Vaccination in Bombay 1869-1873 - 1869-1873
Year: 1869
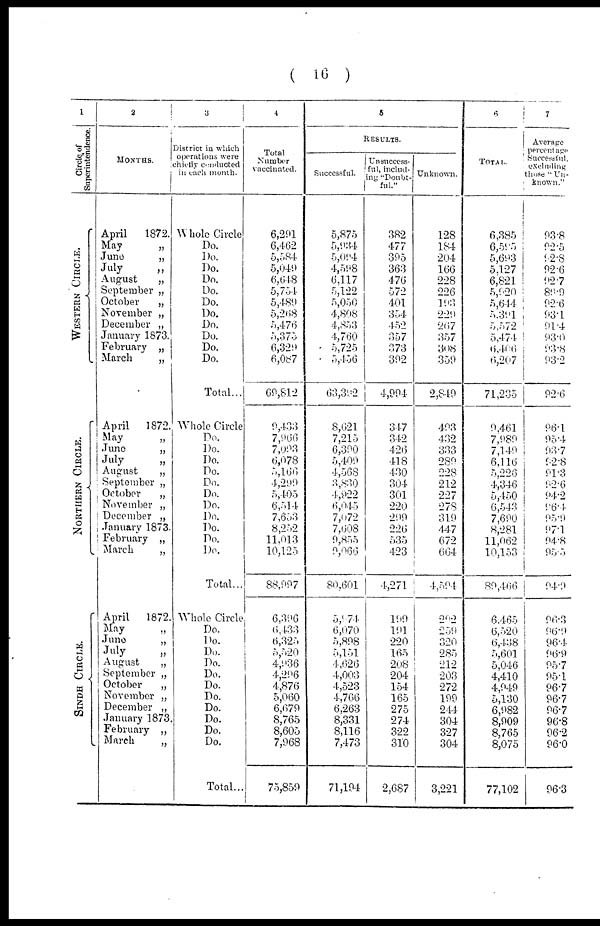
( 16 )
1
Circle of
Superintendence.
WESTERN CIRCLE.
NORTHERN CIRCLE.
SINDH CIRCLE.
2
MONTHS.
April 1872.
May
„
June
„
July
„
August
„
September „
October
„
November „
December „
January 1873.
February „
March
„
April 1872.
May „
June
„
July
„
August
„
September „
October
„
November „
December „
January 1873.
February „
March
„
April 1872.
May „
June
„
July
„
August
„
September „
October
„
November „
December „
January 1873.
February „
March
„
3
District in which
operations were
chiefly canducted
in each month.
Whole Circle
Do.
Do.
Do.
Do.
Do.
Do.
Do.
Do.
Do.
Do.
Do.
Total...
Whole Circle
Do.
Do.
Do.
Do.
Do.
Do.
Do.
Do.
Do.
Do.
Do.
Total...
Whole Circle
Do.
Do.
Do.
Do.
Do.
Do.
Do.
Do.
Do.
Do.
Do.
Total...
4
Total
Number
vaccinated.
6,291
6,462
5,584
5,049
6,648
5,754
5,489
5,268
5,476
5,375
6,329
6,087
69,812
9,433
7,966
7,093
6,078
5,166
4,299
5,405
6,514
7,653
8,252
11,013
10,125
88,997
6,396
6,433
6,325
5,520
4,936
4,296
4,876
5,060
6,679
8,765
8,605
7,968
75,859
5
RESULTS.
Successful.
5,875
5,934
5,094
4,598
6,117
5,122
5,050
4,808
4,853
4,760
5,725
5,456
63,392
8,621
7,215
6,390
5,409
4,568
3,830
4,922
6,045
7,072
7,608
9,855
9,066
80,601
5,974
6,070
5,898
5,151
4,626
4,003
4,523
4,766
6,263
8,331
8,116
7,473
71,194
Unsuccess-
ful, includ-
-ng "Doubt-
ful."
382
477
395
363
476
572
401
354
452
357
373
392
4,994
347
342
426
418
430
304
301
220
299
226
535
423
4,271
199
191
220
165
208
204
154
165
275
274
322
310
2,687
Unknown.
128
184
204
166
228
226
193
229
267
357
308
359
2,849
493
432
333
289
228
212
227
278
319
447
672
664
4,594
292
259
320
285
212
203
272
199
244
304
327
304
3,221
6
TOTAL.
6,385
6,595
5,693
5,127
6,821
5,920
5,644
5,391
5,572
5,474
6,406
6,207
71,235
9,461
7,989
7,149
6,116
5,226
4,346
5,450
6,543
7,690
8,281
11,062
10,153
89,466
6,465
6,520
6,438
5,601
5,046
4,410
4,949
5,130
6,982
8,909
8,765
8,075
77,102
7
Average
percentage
Successful,
excluding
those "Un-
known."
93.8
92.5
92.8
92.6
92.7
89.9
92.6
93.1
91.4
93.0
93.8
93.2
92.6
96.1
95.4
93.7
92.8
91.3
92.6
94.2
96.4
95.9
97.1
94.8
95.5
94.9
96.3
96.9
96.4
96.9
95.7
95.1
96.7
96.7
96.7
96.8
96.2
96.0
96.3